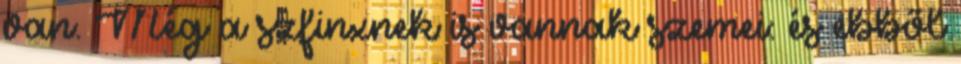
van. Még a szfinxnek is vannak szemei: és ebből